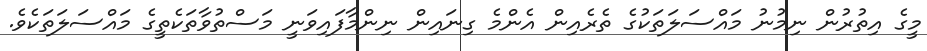
މީގެ އިތުރުން ނިމުނު މައްސަލަތަކުގެ ތެރެއިން އެންމެ ގިނައިން ނިންމާފައިވަނީ މަސްތުވާތަކެތީގެ މައްސަލަތަކެވެ.